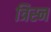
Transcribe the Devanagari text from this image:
त्रिस्न